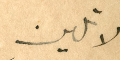
لا تلين.